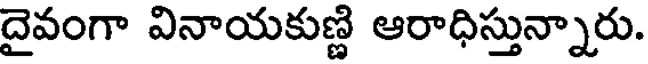
దైవంగా వినాయకుణ్ణి ఆరాధిస్తున్నారు.